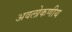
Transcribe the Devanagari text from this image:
अवलोकणीय